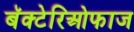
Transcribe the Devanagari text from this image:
बॅक्टेरिओफाज